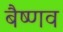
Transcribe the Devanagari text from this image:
बैष्णव